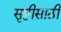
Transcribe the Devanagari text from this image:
सृष्टीसाठी